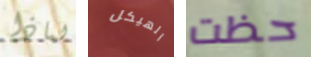
لماذا الهيكل حظت